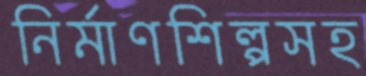
নির্মাণশিল্পসহ